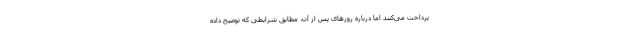
پرداخت می‌کنند اما درباره روزهای پس از آن، مطابق شرایطی که توضیح داده